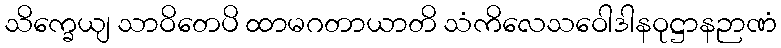
သိက္ခေယျ သာဝိတေပိ ထာမဂတာယာတိ သံကိလေသဝေါဒါနဝုဋ္ဌာနဉာဏံ